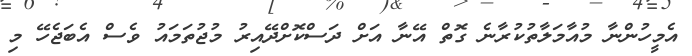
އެމީހުންނާ މުއާމަލާތުކުރާނެ ގޮތް އޭނާ އަށް ދަސްކޮށްދޭއިރު މުޖުތަމައު ވެސް އެބަޖެހޭ މި